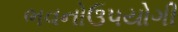
ભવનોઉપયોગી